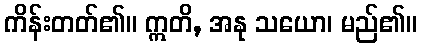
ကိန်းတတ်၏။ ဣတိ, အနု သယော၊ မည်၏။